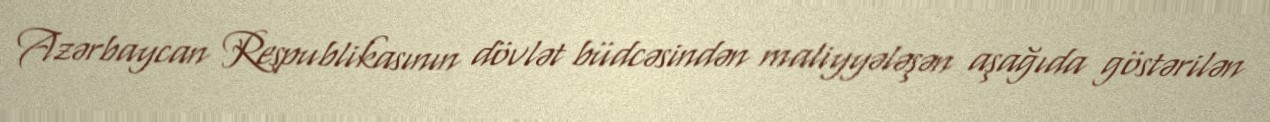
Azərbaycan Respublikasının dövlət büdcəsindən maliyyələşən aşağıda göstərilən